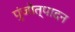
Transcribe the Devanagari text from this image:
पुंजोत्पादन